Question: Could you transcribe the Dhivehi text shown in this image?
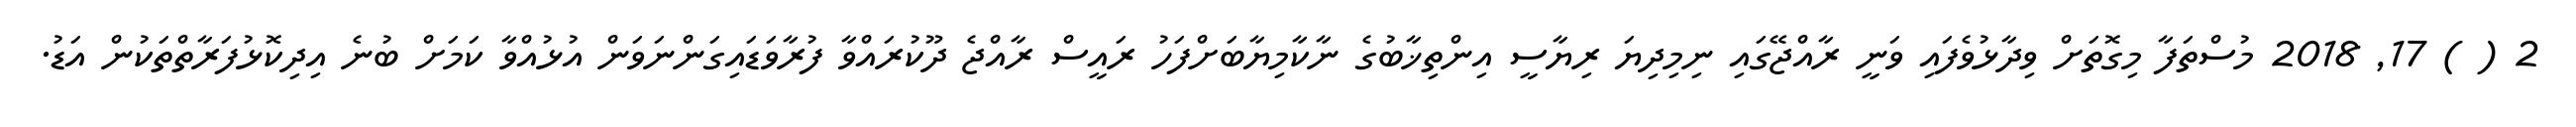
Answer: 2 ( ) 17, 2018 މުސްތަފާ މިގޮތަށް ވިދާޅުވެފައި ވަނީ ރާއްޖޭގައި ނިމިދިޔަ ރިޔާސީ އިންތިޚާބުގެ ނާކާމިޔާބަށްފަހު ރައީސް ރާއްޖެ ދޫކުރައްވާ ފުރާވަޑައިގަންނަވަން އުޅުއްވާ ކަމަށް ބުނެ އިދިކޮޅުފަރާތްތަކުން އަޑު.